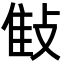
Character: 𢽝